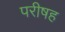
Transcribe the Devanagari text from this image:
परीषह